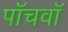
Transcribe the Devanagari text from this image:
पाॅचवाॅ